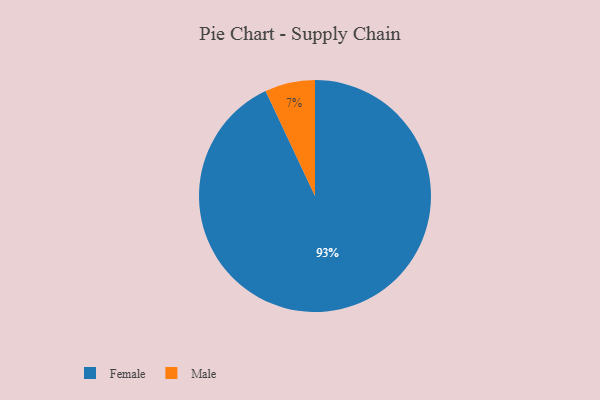
{"axis": {"x": "Category", "y": "Percentage"}, "legend": ["Female", "Male"], "data": [{"x": "Female", "y": 93, "type": "Female"}, {"x": "Male", "y": 7, "type": "Male"}]}